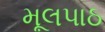
મૂલપાઠ